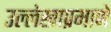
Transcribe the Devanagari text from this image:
उल्लेखाप्रमाणे